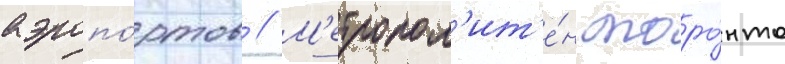
аэропо́ртов // М'етропол'ит'е́н торо́нто